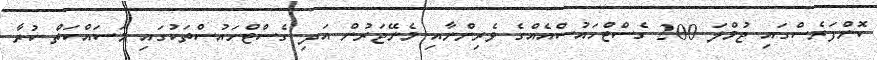
ކޮންފަރެސްގައި ޖުމްލަ 200 ގެސްޓްހައުސްއެއްގެ ވެރިންނާއި މެނޭޖަރުން އަދި ގެސްޓްހައުސްތަކުގައި މަސައްކަތް ކުރާ